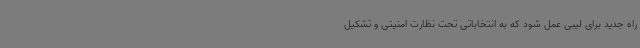
راه جدید برای لیبی عمل شود که به انتخاباتی تحت نظارت امنیتی و تشکیل